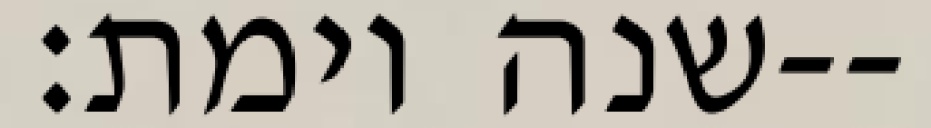
שנה וימת׃--